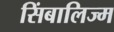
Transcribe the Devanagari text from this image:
सिंबालिज्म